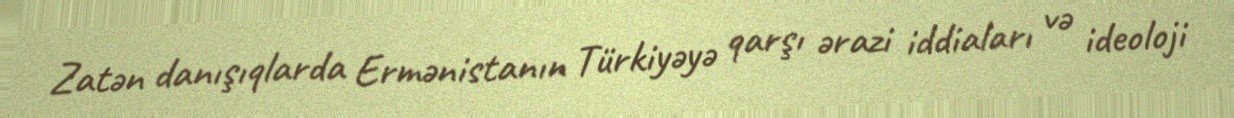
Zatən danışıqlarda Ermənistanın Türkiyəyə qarşı ərazi iddiaları və ideoloji